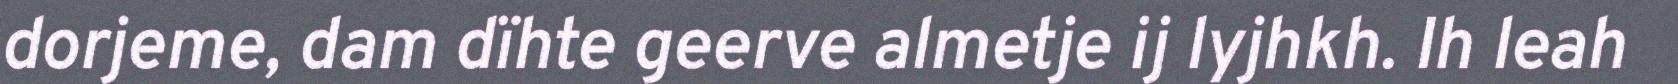
dorjeme, dam dïhte geerve almetje ij lyjhkh. Ih leah